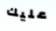
عليك